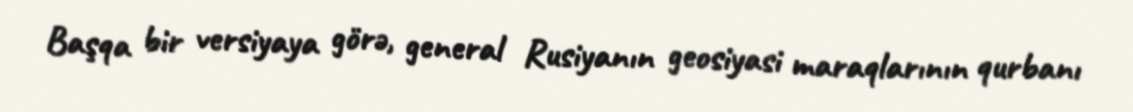
Başqa bir versiyaya görə, general Rusiyanın geosiyasi maraqlarının qurbanı